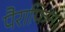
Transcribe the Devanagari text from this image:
पैराफिन।